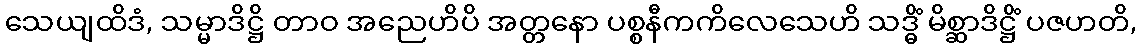
သေယျထိဒံ, သမ္မာဒိဋ္ဌိ တာဝ အညေဟိပိ အတ္တနော ပစ္စနီကကိလေသေဟိ သဒ္ဓိံ မိစ္ဆာဒိဋ္ဌိံ ပဇဟတိ,